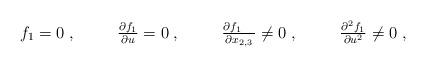
LaTeX: \begin{align*}\begin{array}{ccccccc}f_1=0\;,&\quad&\frac{\partial f_1}{\partial u}=0\;,&\quad&\frac{\partial f_1\;\;\;\;}{\partial x_{2,3}}\neq0\;,&\quad&\frac{\partial^2 f_1}{\partial u^2}\neq0\;,\end{array}\end{align*}